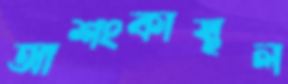
আশংকাস্থল